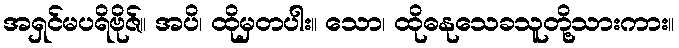
အရှင်မပရိဗိုဇ်။ အပိ၊ ထိုမှတပါး။ သော၊ ထိုဓနုသေခသူတို့သားကား။